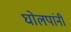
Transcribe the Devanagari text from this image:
घोलपांनी